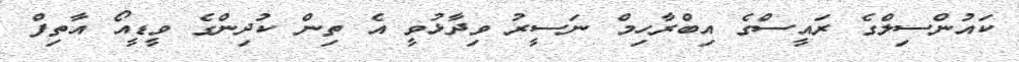
ކައުންސިލްގެ ރައީސްގެ އިބްރާހިމް ނަސީރު ވިދާޅުވީ އެ ތިން ކުދިންގެ ވީޑީއޯ އާތިފް